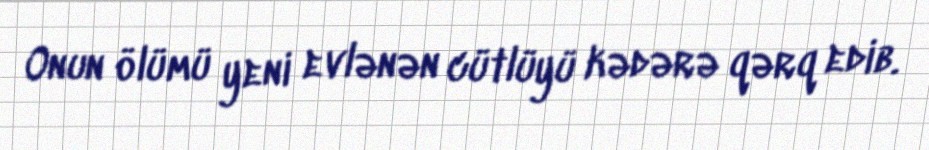
Onun ölümü yeni evlənən cütlüyü kədərə qərq edib.